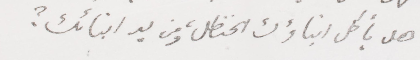
هل يأكل ابناؤك الحنظل ومن يد ابنائك؟